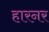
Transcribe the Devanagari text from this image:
हारनर